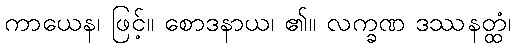
ကာယေန၊ ဖြင့်။ စောဒနာယ၊ ၏။ လက္ခဏ ဒဿနတ္ထံ၊